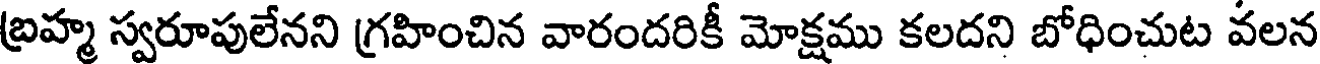
బ్రహ్మ స్వరూపులేనని గ్రహించిన వారందరికీ మోక్షము కలదని బోధించుట వలన